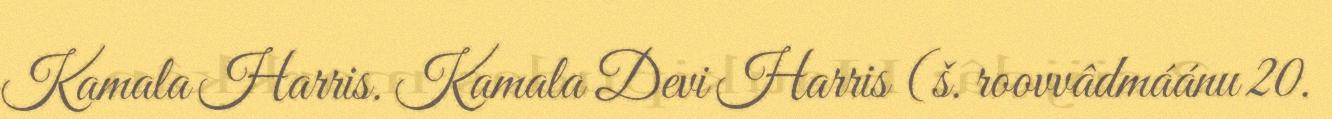
Kamala Harris. Kamala Devi Harris (š. roovvâdmáánu 20.